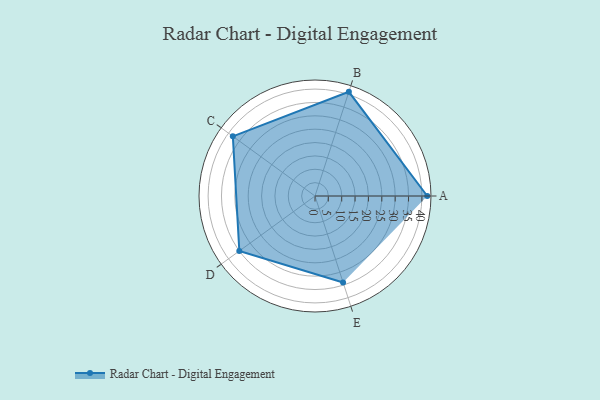
{"axis": {"x": "Skill", "y": "Score"}, "legend": ["Profile"], "data": [{"x": "A", "y": 42.0, "type": "Profile"}, {"x": "B", "y": 41.0, "type": "Profile"}, {"x": "C", "y": 38.0, "type": "Profile"}, {"x": "D", "y": 35.0, "type": "Profile"}, {"x": "E", "y": 34.0, "type": "Profile"}]}